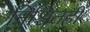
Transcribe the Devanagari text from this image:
निश्चितही